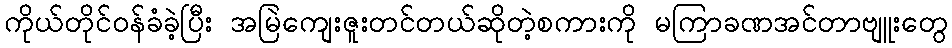
ကိုယ်တိုင်ဝန်ခံခဲ့ပြီး အမြဲကျေးဇူးတင်တယ်ဆိုတဲ့စကားကို မကြာခဏအင်တာဗျူးတွေ